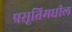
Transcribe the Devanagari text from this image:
प्रसूतिमधील